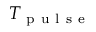
T _ { \mathrm { ~ p ~ u ~ l ~ s ~ e ~ } }